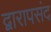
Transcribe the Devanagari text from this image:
द्वारापसंद